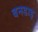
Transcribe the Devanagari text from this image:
बनडाइ